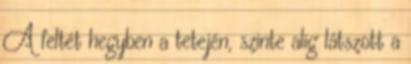
A feltét hegyben a tetején, szinte alig látszott a